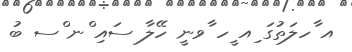
އ ާހލަތުގަ ިއ ީހ ާވނީ ހޭލާ ސައި ްނ ްސ ބު